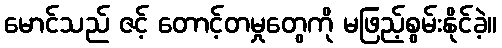
မောင်သည် ဇင့် တောင့်တမှုတွေကို မဖြည့်စွမ်းနိုင်ခဲ့။